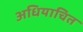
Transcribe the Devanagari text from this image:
अधियाचित